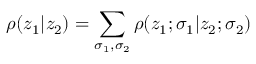
\rho ( z _ { 1 } | z _ { 2 } ) = \sum _ { \sigma _ { 1 } , \sigma _ { 2 } } \rho ( z _ { 1 } ; \sigma _ { 1 } | z _ { 2 } ; \sigma _ { 2 } )